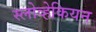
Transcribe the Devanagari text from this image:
स्लोव्हेकियन